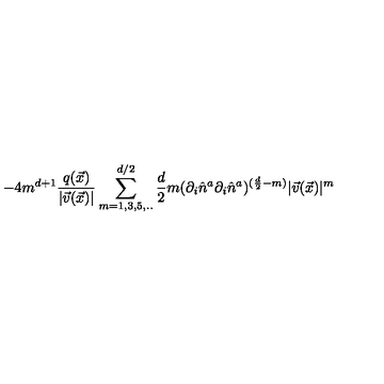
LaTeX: - 4 m ^ { d + 1 } \frac { q ( \vec { x } ) } { | \vec { v } ( \vec { x } ) | } \sum _ { m = 1 , 3 , 5 , . . } ^ { d / 2 } { \binom { \frac { d } { 2 } } { m } } ( \partial _ { i } \hat { n } ^ { a } \partial _ { i } \hat { n } ^ { a } ) ^ { ( \frac { d } { 2 } - m ) } | \vec { v } ( \vec { x } ) | ^ { m }